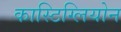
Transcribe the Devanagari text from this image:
कास्टिग्लियोन